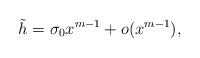
LaTeX: \begin{align*}\tilde{h} = \sigma_0 x^{m-1} + o(x^{m-1}), \end{align*}